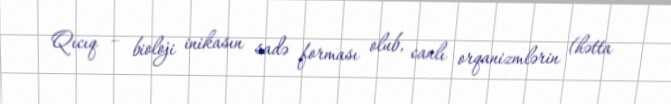
Qıcıq – bioloji inikasın sadə forması olub, canlı orqanizmlərin (hətta